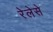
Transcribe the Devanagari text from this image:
रेलेसे